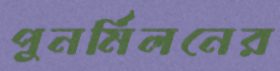
পুনর্মিলনের